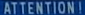
ATTENTION!